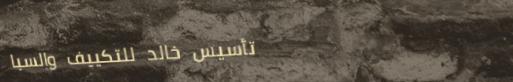
تأسيس خالد للتكييف والسبا